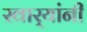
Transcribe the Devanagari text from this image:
स्वार्‍यांनी